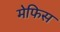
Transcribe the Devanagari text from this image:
मेफिस